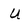
Character: U